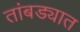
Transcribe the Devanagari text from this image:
तांबड्यात